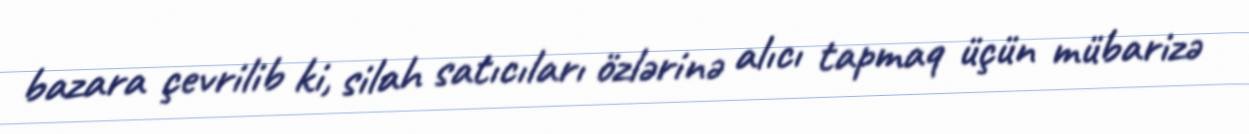
bazara çevrilib ki, silah satıcıları özlərinə alıcı tapmaq üçün mübarizə